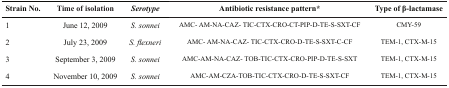
<table><thead><tr><td><b>Strain No.</b></td><td><b>Time of isolation</b></td><td><b>Serotype</b></td><td><b>Antibiotic resistance pattern*</b></td><td><b>Type of β-lactamase</b></td></tr></thead><tbody><tr><td>1</td><td>June 12, 2009</td><td><i>S. sonnei</i></td><td>AMC-AM-NA-CAZ-TIC-CTX-CRO-CT-PIP-D-TE-S-SXT-CF</td><td>CMY-59</td></tr><tr><td>2</td><td>July 23, 2009</td><td><i>S. flexneri</i></td><td>AMC-AM-NA-CAZ-TIC-CTX-CRO-D-TE-S-SXT-C-CF</td><td>TEM-1, CTX-M-15</td></tr><tr><td>3</td><td>September 3, 2009</td><td><i>S. sonnei</i></td><td>AMC-AM-NA-CAZ-TOB-TIC-CTX-CRO-PIP-D-TE-S-SXT</td><td>TEM-1, CTX-M-15</td></tr><tr><td>4</td><td>November 10, 2009</td><td><i>S. sonnei</i></td><td>AMC-AM-CZA-TOB-TIC-CTX-CRO-D-TE-S-SXT-CF</td><td>TEM-1, CTX-M-15</td></tr></tbody></table>